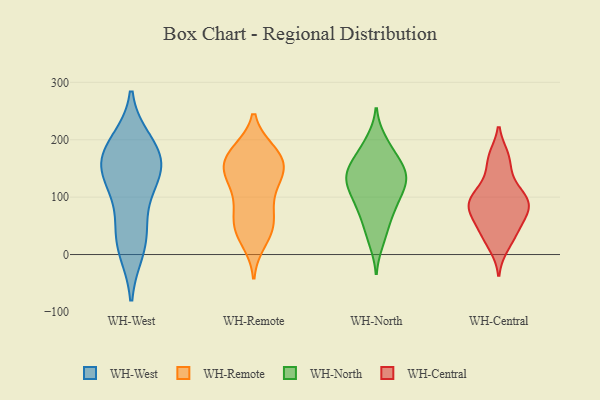
{"axis": {"x": "Latency (ms)", "y": "Value"}, "legend": ["WH-Central", "WH-North", "WH-Remote", "WH-West"], "data": [{"x": "", "y": 137, "type": "WH-West"}, {"x": "", "y": 114, "type": "WH-West"}, {"x": "", "y": 194, "type": "WH-West"}, {"x": "", "y": 158, "type": "WH-West"}, {"x": "", "y": 10, "type": "WH-West"}, {"x": "", "y": 146, "type": "WH-West"}, {"x": "", "y": 23, "type": "WH-West"}, {"x": "", "y": 172, "type": "WH-West"}, {"x": "", "y": 182, "type": "WH-West"}, {"x": "", "y": 51, "type": "WH-West"}, {"x": "", "y": 177, "type": "WH-Remote"}, {"x": "", "y": 180, "type": "WH-Remote"}, {"x": "", "y": 74, "type": "WH-Remote"}, {"x": "", "y": 58, "type": "WH-Remote"}, {"x": "", "y": 179, "type": "WH-Remote"}, {"x": "", "y": 23, "type": "WH-Remote"}, {"x": "", "y": 160, "type": "WH-Remote"}, {"x": "", "y": 142, "type": "WH-Remote"}, {"x": "", "y": 153, "type": "WH-Remote"}, {"x": "", "y": 35, "type": "WH-Remote"}, {"x": "", "y": 46, "type": "WH-Remote"}, {"x": "", "y": 139, "type": "WH-Remote"}, {"x": "", "y": 109, "type": "WH-Remote"}, {"x": "", "y": 143, "type": "WH-Remote"}, {"x": "", "y": 53, "type": "WH-Remote"}, {"x": "", "y": 173, "type": "WH-Remote"}, {"x": "", "y": 93, "type": "WH-Remote"}, {"x": "", "y": 132, "type": "WH-Remote"}, {"x": "", "y": 124, "type": "WH-North"}, {"x": "", "y": 198, "type": "WH-North"}, {"x": "", "y": 73, "type": "WH-North"}, {"x": "", "y": 33, "type": "WH-North"}, {"x": "", "y": 140, "type": "WH-North"}, {"x": "", "y": 101, "type": "WH-North"}, {"x": "", "y": 133, "type": "WH-North"}, {"x": "", "y": 155, "type": "WH-North"}, {"x": "", "y": 135, "type": "WH-North"}, {"x": "", "y": 126, "type": "WH-North"}, {"x": "", "y": 94, "type": "WH-North"}, {"x": "", "y": 60, "type": "WH-North"}, {"x": "", "y": 150, "type": "WH-North"}, {"x": "", "y": 166, "type": "WH-North"}, {"x": "", "y": 133, "type": "WH-North"}, {"x": "", "y": 23, "type": "WH-North"}, {"x": "", "y": 105, "type": "WH-North"}, {"x": "", "y": 78, "type": "WH-North"}, {"x": "", "y": 194, "type": "WH-North"}, {"x": "", "y": 171, "type": "WH-North"}, {"x": "", "y": 72, "type": "WH-Central"}, {"x": "", "y": 135, "type": "WH-Central"}, {"x": "", "y": 171, "type": "WH-Central"}, {"x": "", "y": 14, "type": "WH-Central"}, {"x": "", "y": 33, "type": "WH-Central"}, {"x": "", "y": 93, "type": "WH-Central"}, {"x": "", "y": 41, "type": "WH-Central"}, {"x": "", "y": 97, "type": "WH-Central"}, {"x": "", "y": 57, "type": "WH-Central"}, {"x": "", "y": 86, "type": "WH-Central"}, {"x": "", "y": 76, "type": "WH-Central"}, {"x": "", "y": 112, "type": "WH-Central"}, {"x": "", "y": 94, "type": "WH-Central"}, {"x": "", "y": 168, "type": "WH-Central"}]}